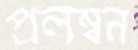
প্রলম্বন